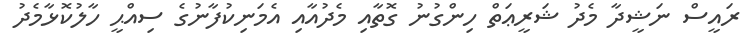
ރައީސް ނަޝީދާ މެދު ޝަރީޢަތް ހިންގުނު ގޮތާއި މެދުއާއި އެމަނިކުފާނުގެ ސިއްޙީ ހާލުކޮޅާމެދު